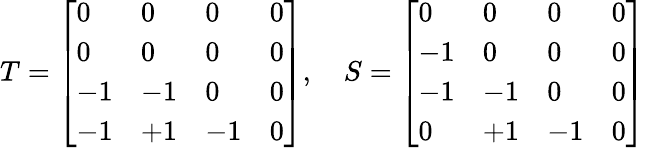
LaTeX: T=\left[\begin{array}{llll}{0}&{0}&{0}&{0}\\ {0}&{0}&{0}&{0}\\ {-1}&{-1}&{0}&{0}\\ {-1}&{+1}&{-1}&{0}\end{array}\right],\quad S=\left[\begin{array}{llll}{0}&{0}&{0}&{0}\\ {-1}&{0}&{0}&{0}\\ {-1}&{-1}&{0}&{0}\\ {0}&{+1}&{-1}&{0}\end{array}\right]